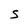
Character: S